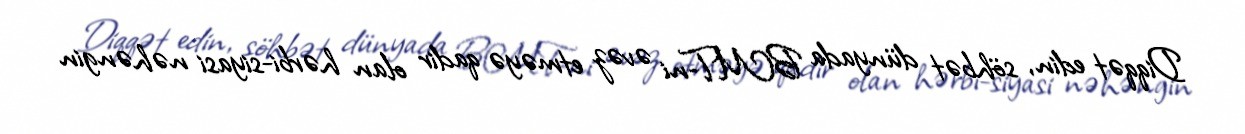
Diqqət edin, söhbət dünyada BMT-ni əvəz etməyə qadir olan hərbi-siyasi nəhəngin